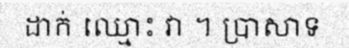
ដាក់ ឈ្មោះ វា ។ ប្រាសាទ